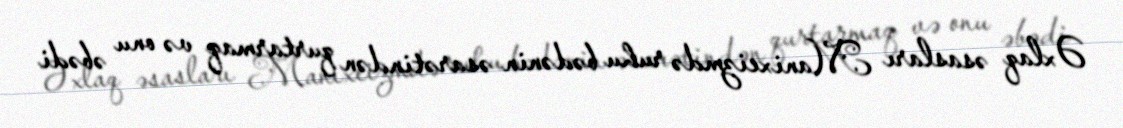
Əxlaq əsasları Manixeizmdə ruhu bədənin əsarətindən qurtarmaq və onu əbədi